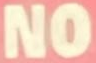
NO